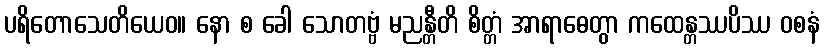
ပရိတောသေတိယေဝ။ နော စ ခေါ သောတဗ္ဗံ မညန္တီတိ စိတ္တံ အာရာဓေတွာ ကထေန္တဿပိဿ ဝစနံ